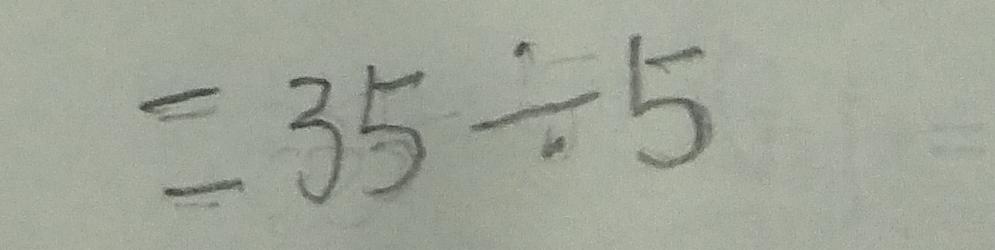
= 3 5 \div 5